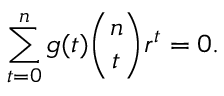
\sum _ { t = 0 } ^ { n } g ( t ) { \binom { n } { t } } r ^ { t } = 0 .